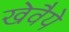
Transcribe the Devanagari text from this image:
खेवैये